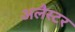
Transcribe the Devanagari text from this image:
अलैस्टर